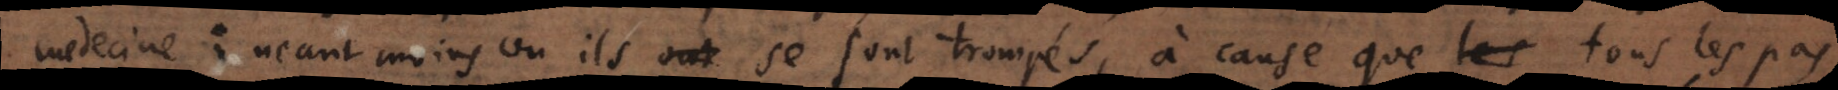
medecine: neantmoins ou ils se sont trompés, à cause que les tous les pas